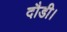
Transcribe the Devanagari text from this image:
दौडी।